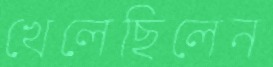
খেলেছিলেন